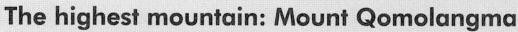
The highest mountain: Mount Qomolangma